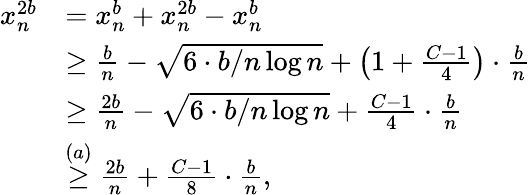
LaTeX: \begin{array}{rl}{x_{n}^{2b}}&{=x_{n}^{b}+x_{n}^{2b}-x_{n}^{b}}\\ &{\geq\frac{b}{n}-\sqrt{6\cdot b/n\log n}+\left(1+\frac{C-1}{4}\right)\cdot\frac{b}{n}}\\ &{\geq\frac{2b}{n}-\sqrt{6\cdot b/n\log n}+\frac{C-1}{4}\cdot\frac{b}{n}}\\ &{\stackrel{(a)}{\geq}\frac{2b}{n}+\frac{C-1}{8}\cdot\frac{b}{n},}\end{array}